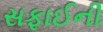
સફાઈની